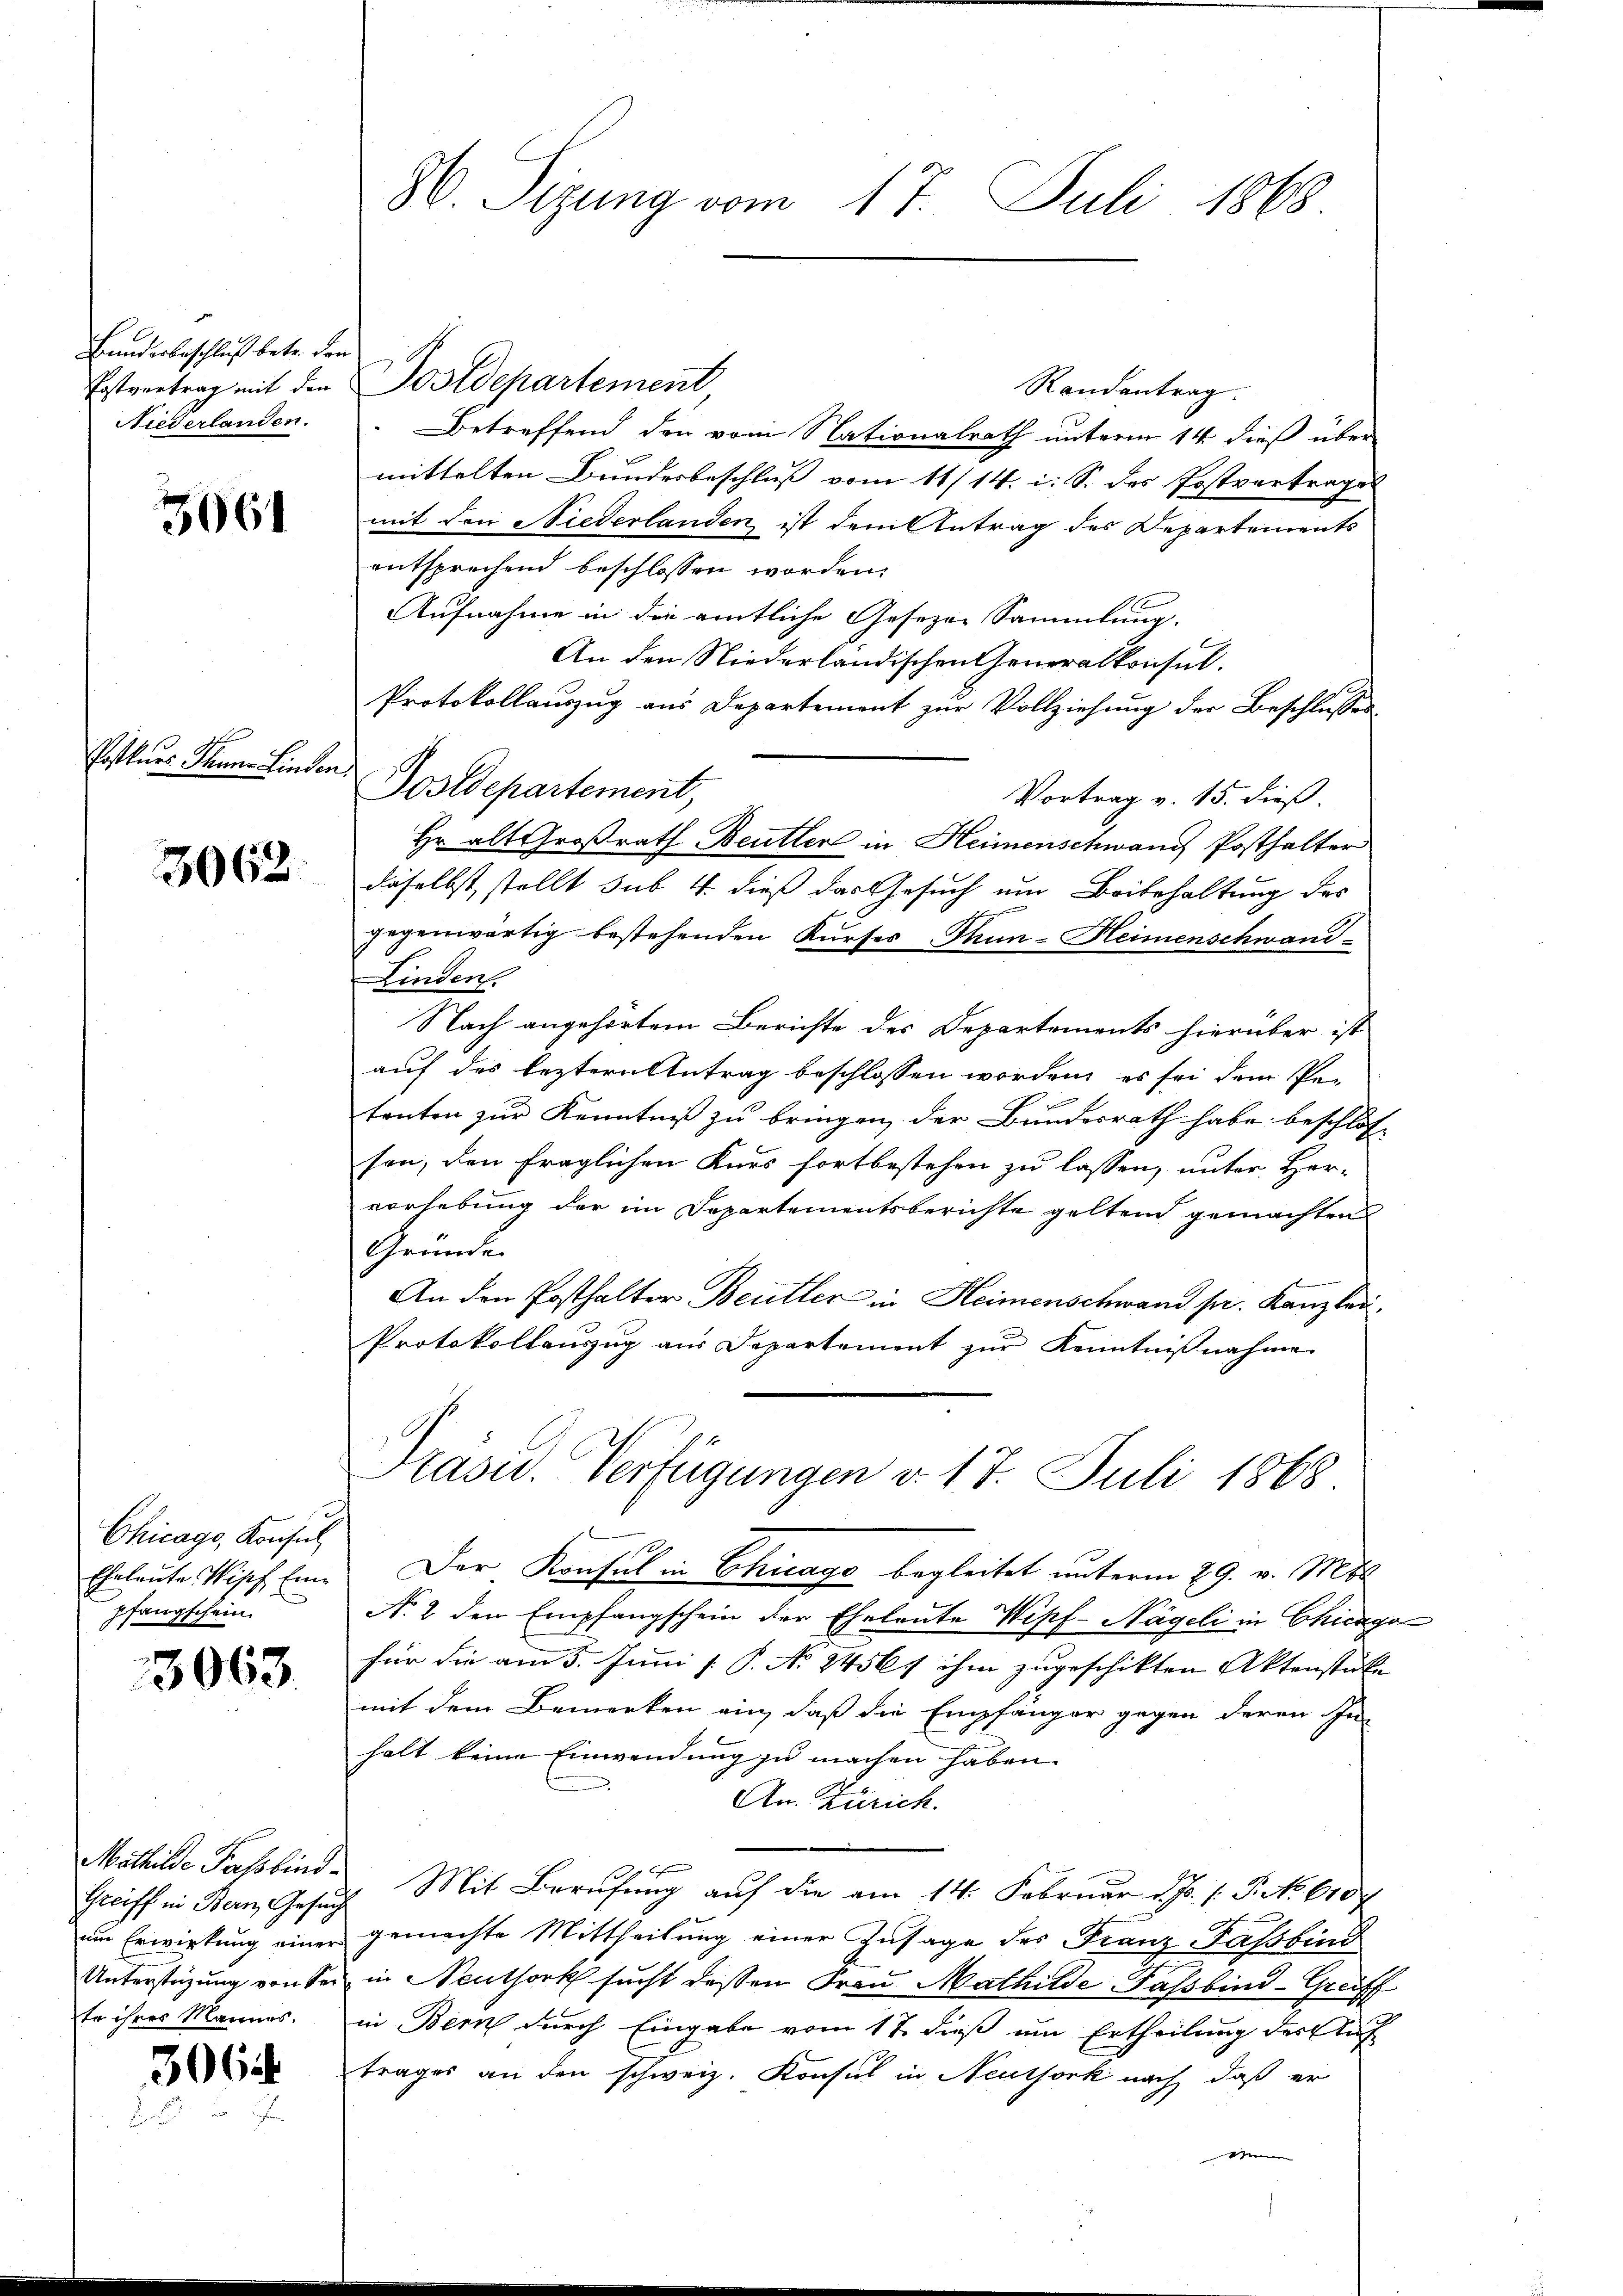
Bundesbeschluß betr. den
Niederlanden.

3061

E
Postkurs Thuner Linden

3062.

Chicago, Konsul
Eheleute Wipf Eine
pfangschein.

3063.

Mathilde Fassbind
Greiff in Bern, Gesuch
um Erwirkung einer
Unterstüzung von Sei
te ihres Mannes.

306

W. Sizung vom 17. Juli 1868.

Erstvertrag mit den Postdepartement
Randantrag.
Betreffend den vom Nationalrath unterm 14. dieß über
mittelten Bundesbeschluß vom 11/14. i. S. das Postvertrages
mit den Niederlanden ist dem Antrag des Departements
entsprechend beschlossen worden,
Aufnahme in die amtliche Gesezen Sammlung.
An den Niederländischen Generalkonsul.
Protokollauszug aus Departement zur Vollziehung der Beschlusses
Postdepartement,
Vortrag v. 15. dieß
Hr. alt Großrath Beutter in Heimenschwang Posthalter
daselbst, stellt sub 4. dieß das Gesuch um Beibehaltung des
1
gegenwärtig bestehenden Kurses Thun-Heimenschwand
Finden.
Nach angehörtem Berichte des Departements hierüber ist
auf des leztern Antrag beschlossen worden, es sei dem Pe-
tenten zur Kenntniß zu bringen, der Bundesrath habe beschlossen, den fraglichen Kurs fortbestehen zu lassen, unter Her-
vorhebung der im Departementsberichte geltend gemachten
Gründe.
An den Posthalter Beitler in Heimenschwand pr. Kanzlei,
Protokollauszug aus Departement zŭr Kenntniβnahme

Kasu. Verfügungen v. 17. Juli 1868

Der Konsul in Chicago begleitet unterm 29. v. Ms.
No. 2 den Empfangschein der Eheleute Wipf-Nägeli in Chicago
für die am 5. Juni [ P. N. 2456/ ihm zugeschikten Aktenstalmit dem Bemerken ein, daß die Empfänger gegen deren In-
halt keine Einwendung zu machen haben.
An. Zürich.
Mit Berufung auf die am 14. Februar d.J. P. No 610
gemachte Mittheilung einer Zusage des Franz Fassbind
in Neuthork sucht deßen Frau Mathilde Fassbind-Greiff
in Bern durch Eingabe vom 17. dieß um Ertheilung des Auf
trages an den schweiz. Konsul in Neursork nach daß er
n